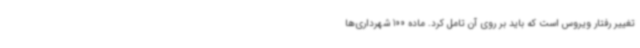
تغییر رفتار ویروس است که باید بر روی آن تامل کرد. ماده 100 شهرداری‌ها